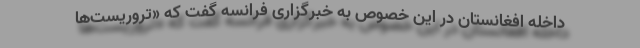
داخله افغانستان در این خصوص به خبرگزاری فرانسه گفت که «تروریست‌ها